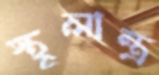
স্থূলান্ত্র